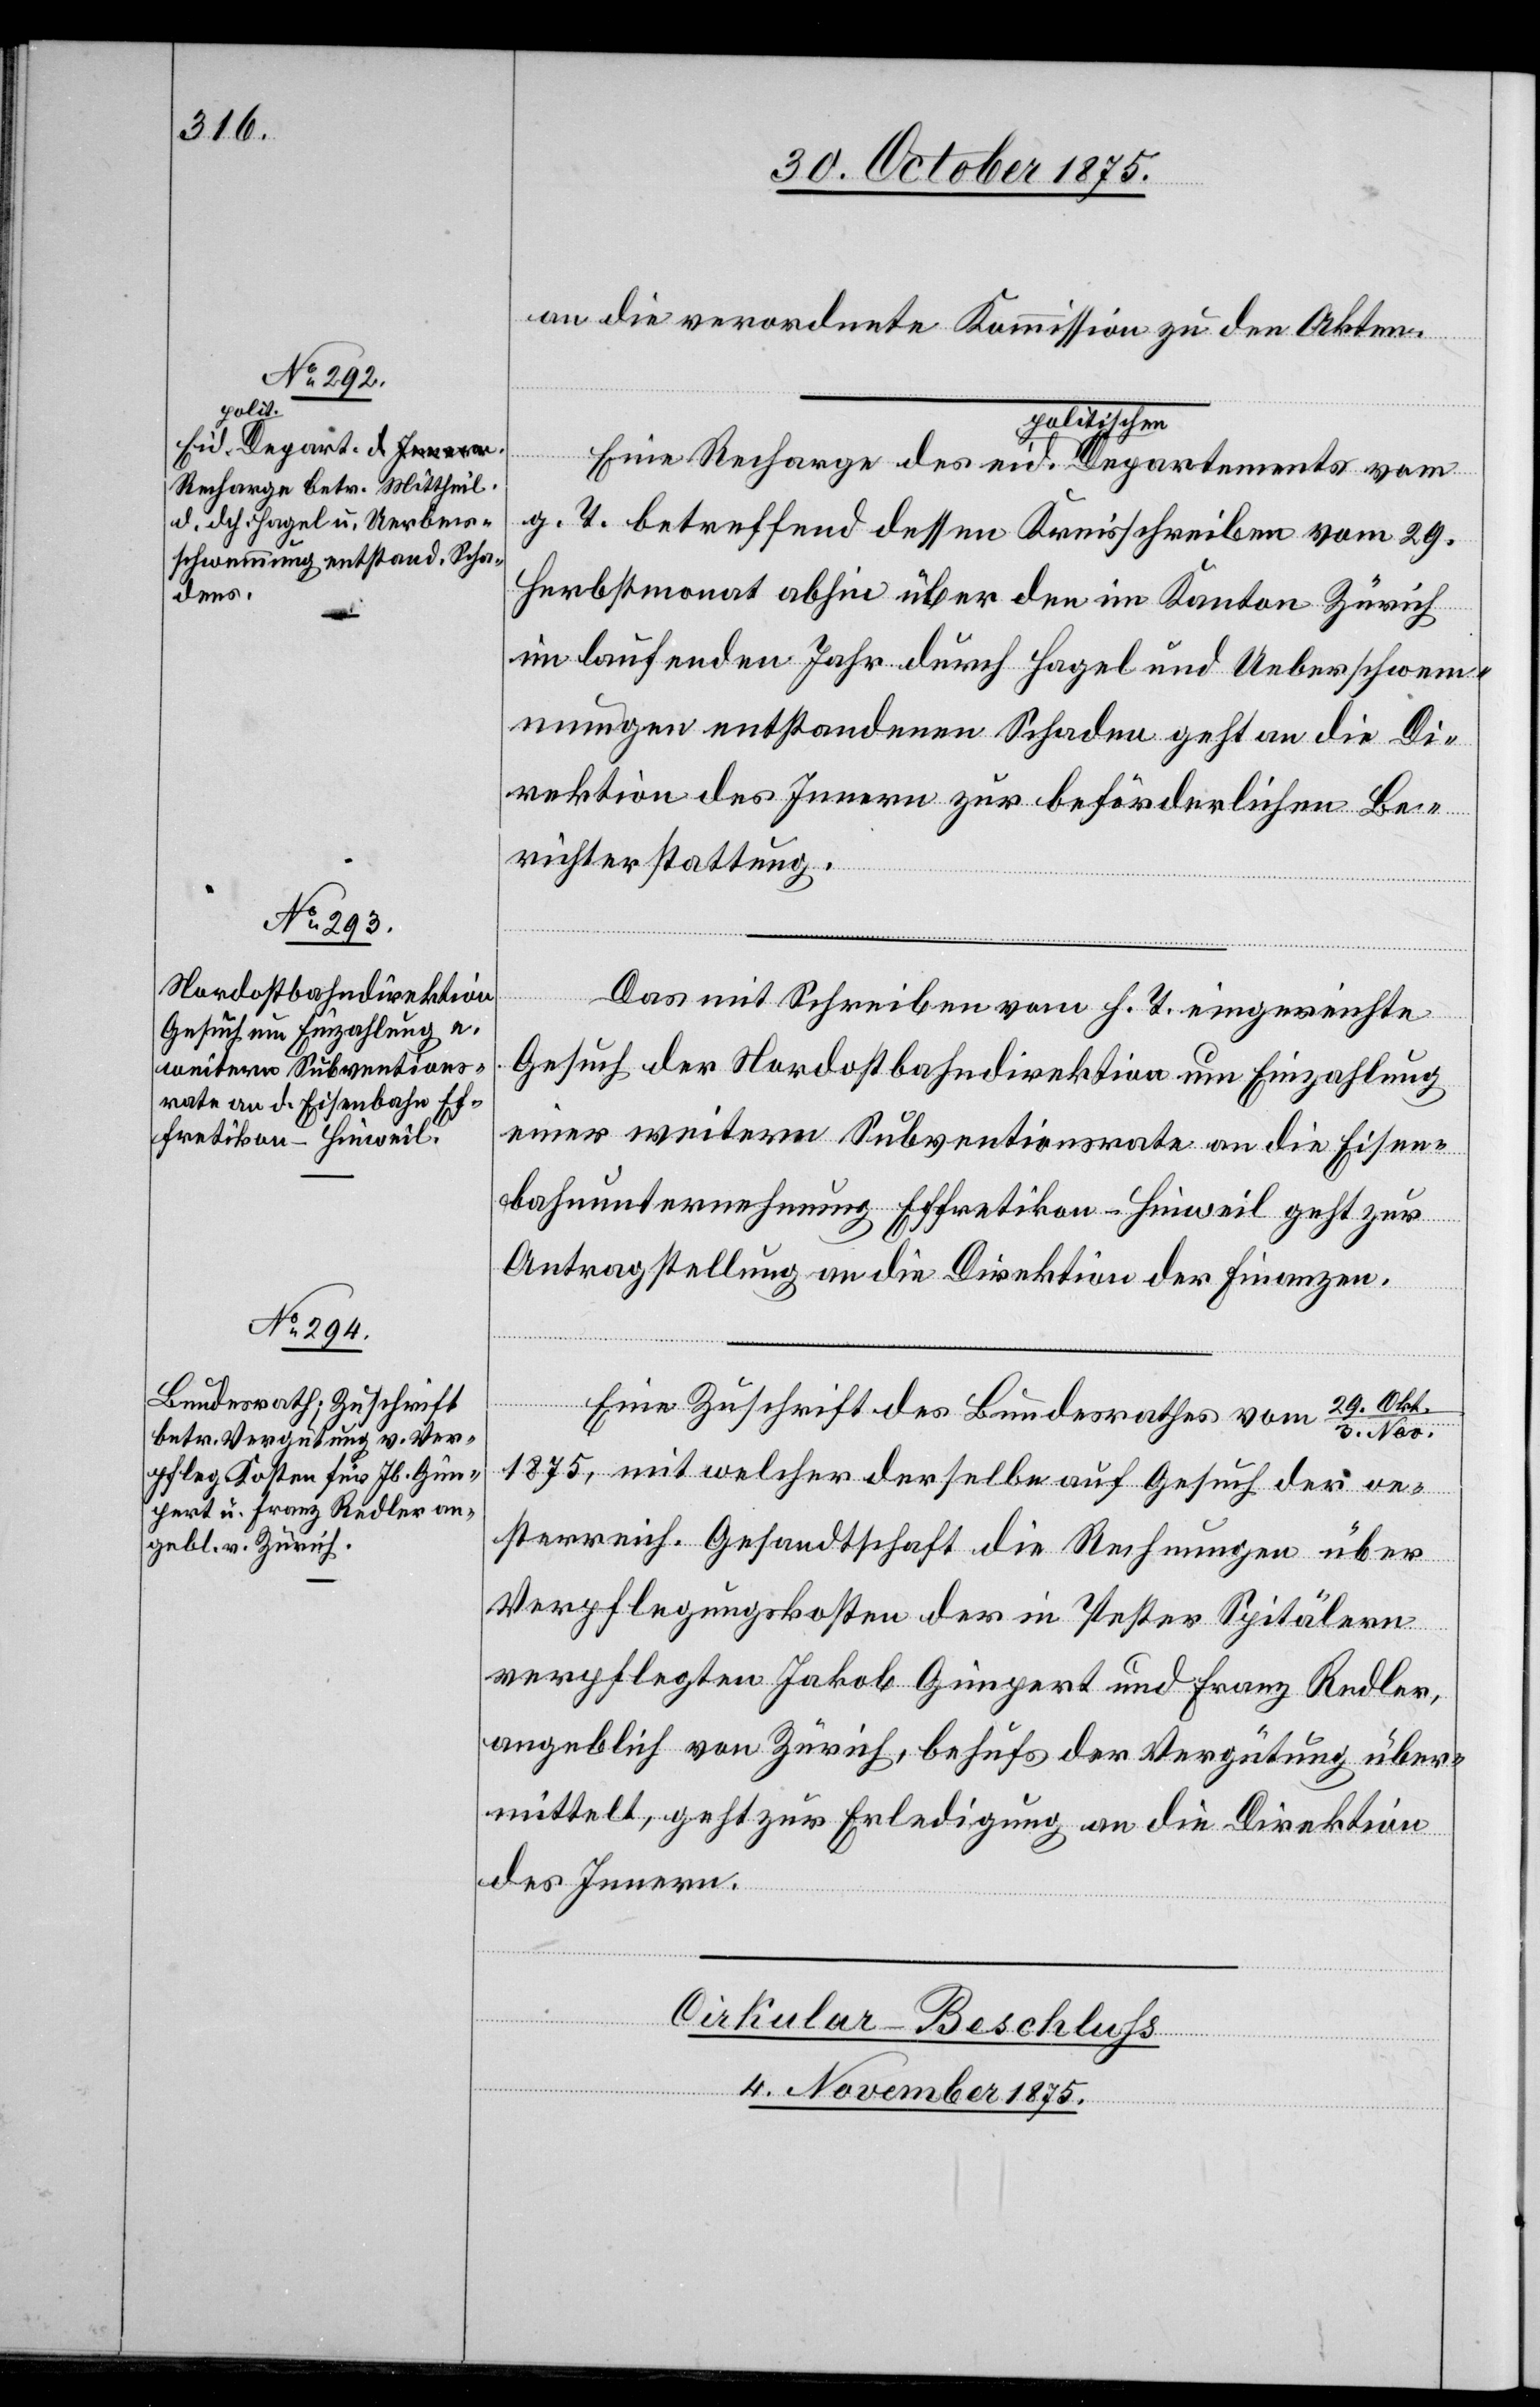
eid.

an die verordnete Kommission zu den Akten.
g. T. betreffend dessen Kreisschreiben vom 29.
Herbstmonat abhin über den im Kanton Zürich
im laufenden Jahr durch Hagel und Ueberschwe¬
mmungen entstandenen Schaden geht an die Di¬
rektion des Innern zur beförderlichen Be¬
richterstattung.
Das mit Schreiben vom h. T. eingereichte
Gesuch der Nordostbahndirektion um Einzahlung
einer weitern Subventionsrate an die Eisen¬
bahnunternehmung Effretikon–Hinweil geht zur
Antragstellung an die Direktion der Finanzen.
29. Okt./3.
Eine Zuschrift des Bundesrathes vom
1875, mit welcher derselbe auf Gesuch der oe¬
sterreich. Gesandtschaft die Rechnungen über
Verpflegungskosten der in Pester Spitälern
verpflegten Jakob Gimpert und Franz Redler,
angeblich von Zürich, behufs der Vergütung über¬
mittelt, geht zur Erledigung an die Direktion
des Innern.
4. November 1875.]